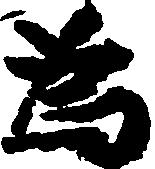
為